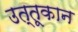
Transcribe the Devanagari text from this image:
उत्तूकान